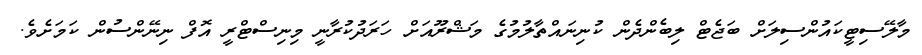
މާލޭސިޓީކައުންސިލަށް ބަޖެޓް ލިބެންދެން ކުނިނައްތާލުމުގެ މަޝްރޫއަށް ހަރަދުކުރާނީ މިނިސްޓްރީ އޮފް ނިނޭންސުން ކަމަށެވެ.